Lunatic asylums in Bengal annual reports 1912-1924 - 1912-1924
Year: 1912
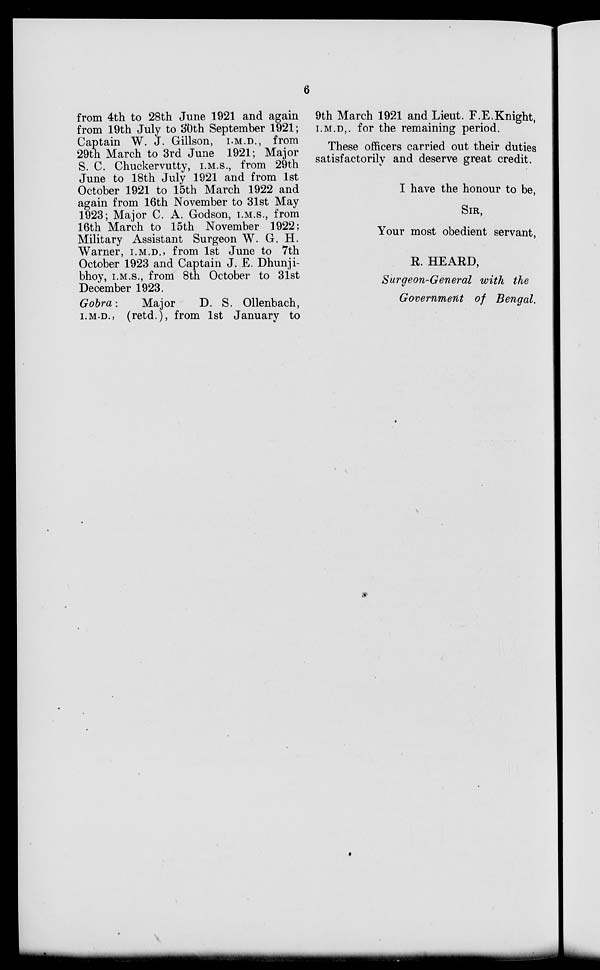
6
from 4th to 28th June 1921 and again
from 19th July to 30th September 1921;
Captain W. J. Gillson, I.M.D., from
29th March to 3rd June 1921; Major
S. C. Chuckervutty, I.M.S., from 29th
June to 18th July 1921 and from 1st
October 1921 to 15th March 1922 and
again from 16th November to 31st May
1923; Major C. A. Godson, I.M.S., from
16th March to 15th November 1922;
Military Assistant Surgeon W. G. H.
Warner, I.M.D., from 1st June to 7th
October 1923 and Captain J. E. Dhunji-
bhoy, i.M.S., from 8th October to 31st
December 1923.
Gobra:
Major
D. S. Ollenbach,
I.M.D., (retd.), from 1st January to
9th March 1921 and Lieut. F.E.Knight,
I.M.D., for the remaining period.
These officers carried out their duties
satisfactorily and deserve great credit.
I have the honour to be,
SIR,
Your most obedient servant,
R. HEARD,
Surgeon-General with the
Government of Bengal.